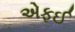
એફઈ